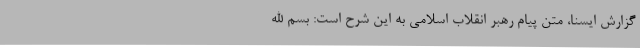
گزارش ایسنا، متن پیام رهبر انقلاب اسلامی به این شرح است: بسم الله